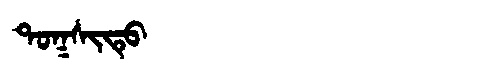
Manchu: ᡨᠣᡴᠰᡳᡨᡠ
Romanization: TOKSITU